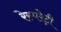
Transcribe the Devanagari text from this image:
रेस्परेट्री